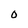
Character: O